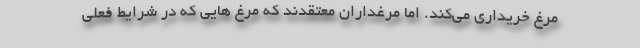
مرغ خریداری می‌کند. اما مرغداران معتقدند که مرغ هایی که در شرایط فعلی